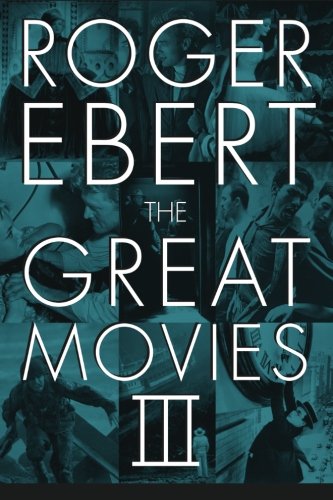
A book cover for The Great Movies III; Roger Ebert; Humor & Entertainment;